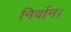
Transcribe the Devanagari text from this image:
निर्वान।